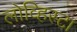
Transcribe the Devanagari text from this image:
लोव्हिस्टा